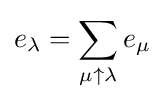
e_{\lambda }=\sum _{\mu \uparrow \lambda }e_{\mu }